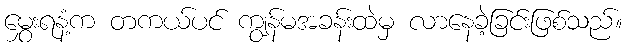
မွှေးရနံ့က တကယ်ပင် ကျွန်မအခန်းထဲမှ လာနေခဲ့ခြင်းဖြစ်သည်။